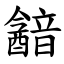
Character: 韽